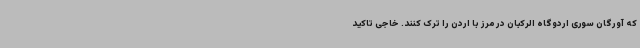
که آورگان سوری اردوگاه الرکبان در مرز با اردن را ترک کنند. خاجی تاکید